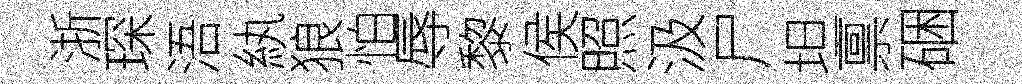
浙琛浯紈狼怕辱黎侯照汲尸坦禀硱